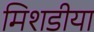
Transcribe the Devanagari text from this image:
मिशडीया